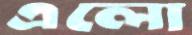
এলো